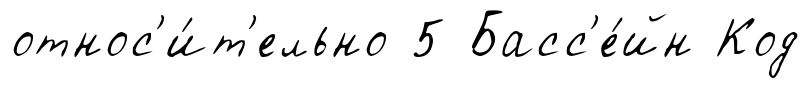
относ'и́т'ельно 5 Басс'е́йн Код